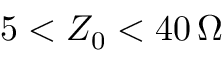
5 < Z _ { 0 } < 4 0 \, \Omega